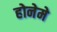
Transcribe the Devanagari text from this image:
होनेमे